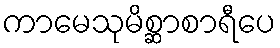
ကာမေသုမိစ္ဆာစာရီပေ